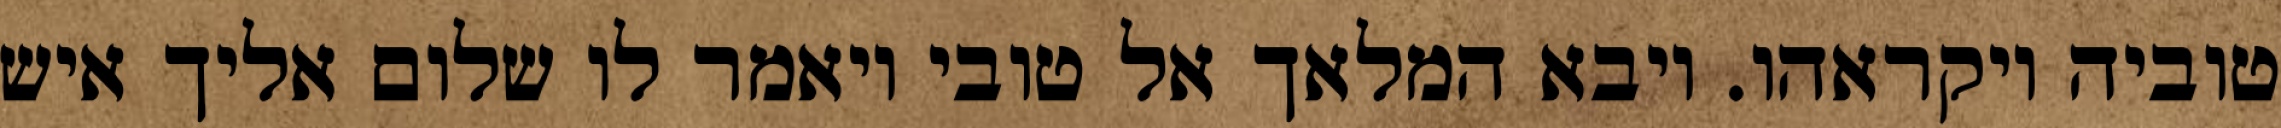
טוביה ויקראהו. ויבא המלאך אל טובי ויאמר לו שלום אליך איש